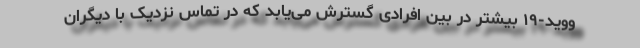
ووید-۱۹ بیشتر در بین افرادی گسترش می‌یابد که در تماس نزدیک با دیگران